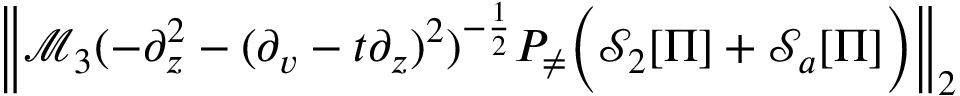
\begin{array} { r } { \left\| \mathcal { M } _ { 3 } ( - \partial _ { z } ^ { 2 } - ( \partial _ { v } - t \partial _ { z } ) ^ { 2 } ) ^ { - \frac 1 2 } P _ { \neq } \Big ( \mathcal { S } _ { 2 } [ \Pi ] + \mathcal { S } _ { a } [ \Pi ] \Big ) \right\| _ { 2 } } \end{array}